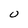
Character: U